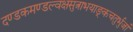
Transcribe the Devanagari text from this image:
दण्डकमण्डल्वक्षसुत्राभयाङ्कचतुर्भुजां